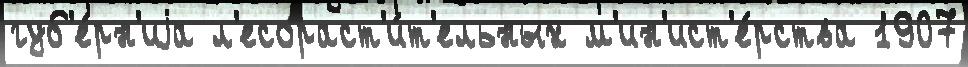
губ'е́рн'иjа л'есораст'и́т'ельных м'ин'ист'е́рства 1907